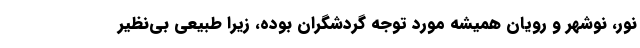
نور، نوشهر و رویان همیشه مورد توجه گردشگران بوده، زیرا طبیعی بی‌­نظیر